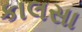
કાલસા